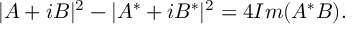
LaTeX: | A + i B | ^ { 2 } - | A ^ { * } + i B ^ { * } | ^ { 2 } = 4 I m ( A ^ { * } B ) .